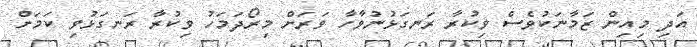
އަދި މިއިން ޒަމާނަކުވެސް ވިކުރާ ރަނގަޅުނުވާހާ ވަރަށް މިރޯދަމަހު ވިކުރާ ރަނގަޅުވި ކަމަށް